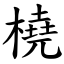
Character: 橈